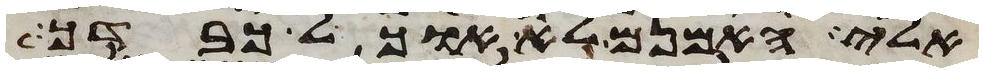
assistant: אלי האמנם לא אוכל כבדך